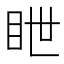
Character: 𥅋